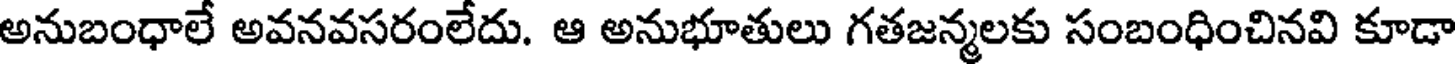
అనుబంధాలే అవనవసరంలేదు. ఆ అనుభూతులు గతజన్మలకు సంబంధించినవి కూడా